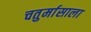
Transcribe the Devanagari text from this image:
चतुर्मासाला